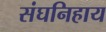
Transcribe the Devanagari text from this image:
संघनिहाय